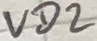
Text: VD2